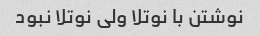
نوشتن با نوتلا ولی نوتلا نبود